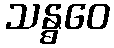
သန္ဓဝေ